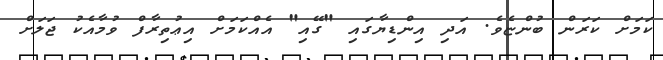
ކަމަށް ކަރަން ބުންޏެވެ. އަދި އިންޑިޔާގައި "ގޭއި" އެއްކަމަށް އިޢުތިރާފް ވުމާއެކު ޖަލަށް